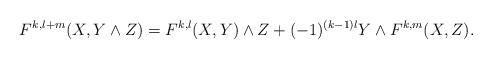
LaTeX: \begin{align*}F^{k,l+m}(X,Y\wedge Z)=F^{k,l}(X,Y)\wedge Z+(-1)^{(k-1)l}Y\wedge F^{k,m}(X,Z).\end{align*}